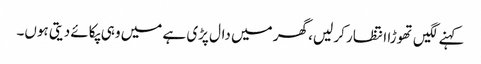
کہنے لگیں تھوڑا انتظار کر لیں، گھر میں دال پڑی ہے میں وہی پکائے دیتی ہوں۔